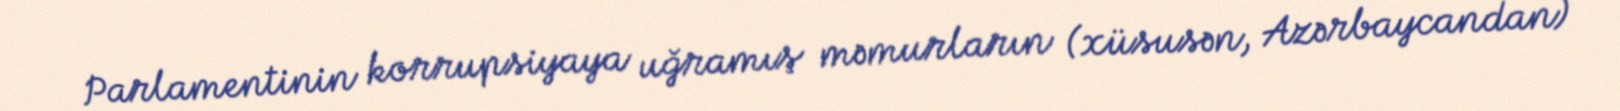
Parlamentinin korrupsiyaya uğramış məmurların (xüsusən, Azərbaycandan)